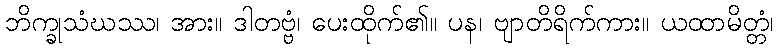
ဘိက္ခုသံဃဿ၊ အား။ ဒါတဗ္ဗံ၊ ပေးထိုက်၏။ ပန၊ ဗျာတိရိက်ကား။ ယထာမိတ္တံ၊